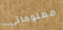
معلوماتي